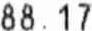
88.17